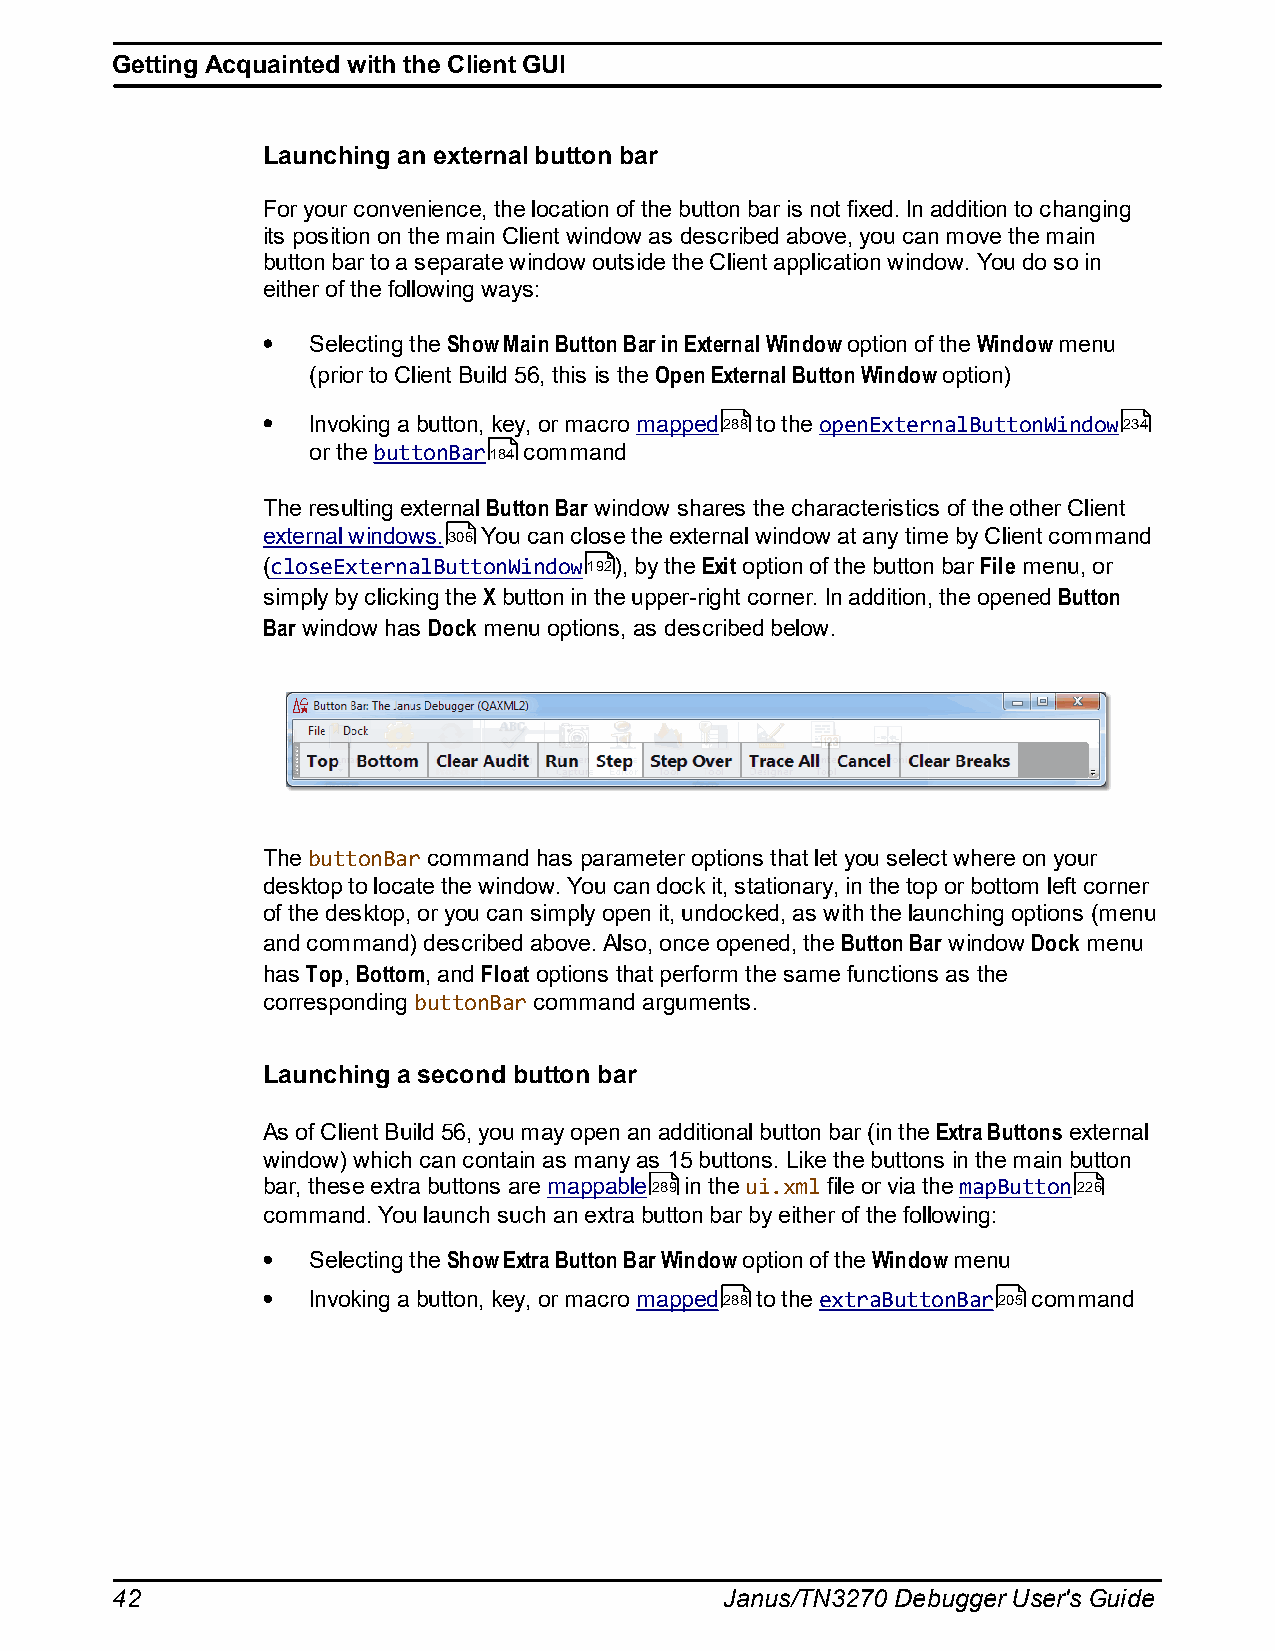
Getting Acquainted with the Client GUI
 Launching an external button bar
 For your convenience, the location of the button bar is not fixed. In addition to changing
 its position on the main Client window as described above, you can move the main
 button bar to a separate window outside the Client application window. You do so in
 either of the following ways:
 Selecting the Show Main Button Bar in External Window option of the Window menu
 (prior to Client Build 56, this is the Open External Button Window option)
 Invoking a button, key, or macro mapped288 to the openExternalButtonWindow234
 or the buttonBar184 command
 The resulting external Button Bar window shares the characteristics of the other Client
 external windows.306 You can close the external window at any time by Client command
 (closeExternalButtonWindow192), by the Exit option of the button bar File menu, or
 simply by clicking the X button in the upper-right corner. In addition, the opened Button
 Bar window has Dock menu options, as described below.
 The buttonBar command has parameter options that let you select where on your
 desktop to locate the window. You can dock it, stationary, in the top or bottom left corner
 of the desktop, or you can simply open it, undocked, as with the launching options (menu
 and command) described above. Also, once opened, the Button Bar window Dock menu
 has Top, Bottom, and Float options that perform the same functions as the
 corresponding buttonBar command arguments.
 Launching a second button bar
 As of Client Build 56, you may open an additional button bar (in the Extra Buttons external
 window) which can contain as many as 15 buttons. Like the buttons in the main button
 bar, these extra buttons are mappable289 in the ui.xml file or via the mapButton226
 command. You launch such an extra button bar by either of the following:
 Selecting the Show Extra Button Bar Window option of the Window menu
 Invoking a button, key, or macro mapped288 to the extraButtonBar205 command
 42                                       Janus/TN3270 Debugger User's Guide